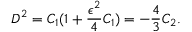
{ \cal D } ^ { 2 } = C _ { 1 } ( 1 + \frac { \epsilon ^ { 2 } } { 4 } C _ { 1 } ) = - \frac { 4 } { 3 } C _ { 2 } .